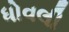
ધોવલી